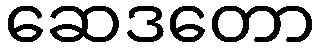
ဆေဒတော